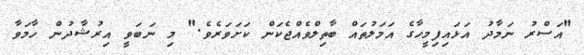
"އަސްރު ނަމާދު އަޅައިފިމީހާގެ އަމަލުތައް ބާތިލްވެއްޖެކަން ކަށަވަރެވެ." މި ނަބަވީ އިރުޝާދުން ހާމަވާ